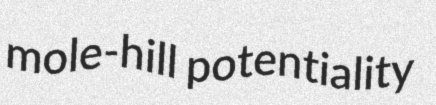
mole-hill potentiality